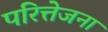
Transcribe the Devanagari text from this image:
परित्तेजना